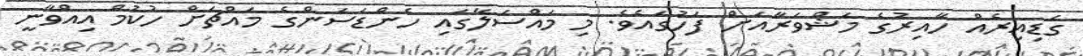
ގަޑިއިރެއް ހާއިރުގެ މަޝްވަރާއަށް ފަހުގައެވެ. މި މައްސަލާގައި ހެންޑަސަންގެ މައްޗަށް ހުކުމް އިއްވާނީ